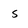
Character: s